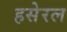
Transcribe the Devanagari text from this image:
हसेरल